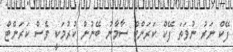
ފޭކް ނަރު ނުވަތަ ފޭކް ކަރަންޓް ސާމާނު ބޭނުން ކުރުމަކީ ވެސް ކަރަންޓް